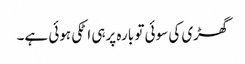
گھڑی کی سوئی تو بارہ پرہی اٹکی ہوئی ہے۔